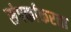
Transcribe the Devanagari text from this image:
संपर्काकरता